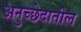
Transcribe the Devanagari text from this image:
अनुच्छेदातील